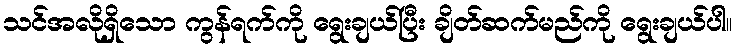
သင်အလိုရှိသော ကွန်ရက်ကို ရွေးချယ်ပြီး ချိတ်ဆက်မည်ကို ရွေးချယ်ပါ။